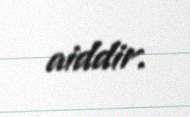
aiddir.